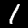
Digit: 1